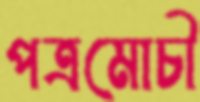
পত্রমোচী